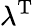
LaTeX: \lambda^{\mathrm{{T}}}